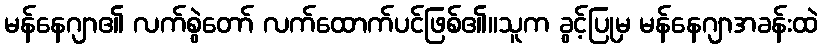
မန်နေဂျာ၏ လက်စွဲတော် လက်ထောက်ပင်ဖြစ်၏။သူက ခွင့်ပြုမှ မန်နေဂျာအခန်းထဲ